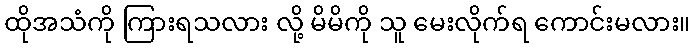
ထိုအသံကို ကြားရသလား လို့ မိမိကို သူ မေးလိုက်ရ ကောင်းမလား။